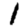
Digit: 1